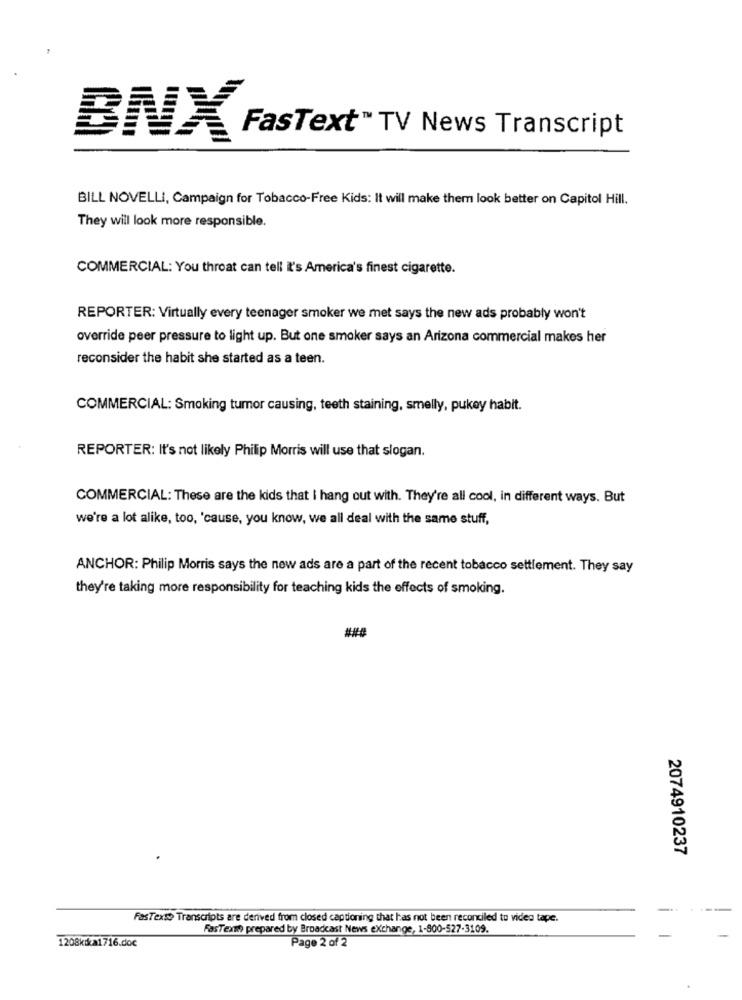
BNX
FasText™ TV News Transcript
BILL NOVELLI, Campaign for Tobacco-Free Kids: It will make them look better on Capitol Hill.
They will look more responsible.
COMMERCIAL: You throat can tell It's America's finest cigarette.
REPORTER: Virtually every teenager smoker we met says the new ads probably won't
override peer pressure to light up. But one smoker says an Arizona commercial makes her
reconsider the habit she started as a teen.
COMMERCIAL: Smoking tumor causing, teeth staining, smelly, pukey habit.
REPORTER: It's not likely Philip Morris will use that slogan.
COMMERCIAL: These are the kids that I hang out with. They're all cool, in different ways. But
we're a lot alike, too, 'cause, you know, we all deal with the same stuff,
ANCHOR: Philip Morris says the new ads are a part of the recent tobacco settlement. They say
they're taking more responsibility for teaching kids the effects of smoking.
2074910237
FasTexto Transcripts are derived from closed captioning that has not been reconciled tu video tape.
FasTexto prepared by Broadcast News exchange, 1-800-527-3109.
Page 2 of 2
1208kcka1716.doc